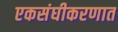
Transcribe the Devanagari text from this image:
एकसंघीकरणात